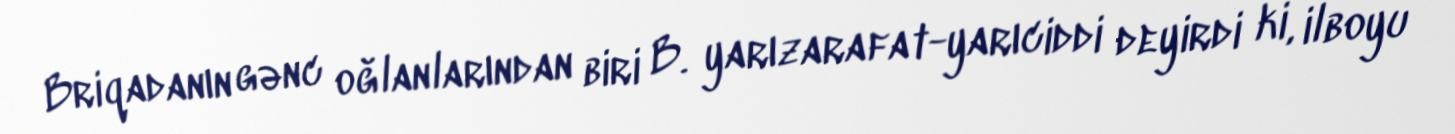
Briqadanın gənc oğlanlarından biri B. yarızarafat-yarıciddi deyirdi ki, ilboyu